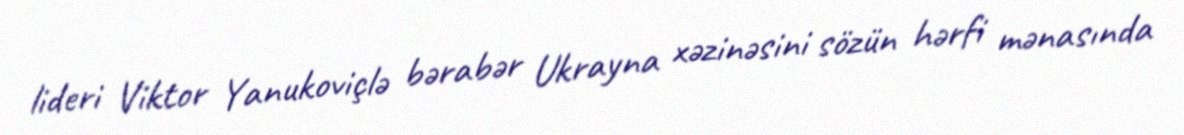
lideri Viktor Yanukoviçlə bərabər Ukrayna xəzinəsini sözün hərfi mənasında